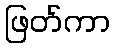
ဖြတ်ကာ